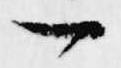
一